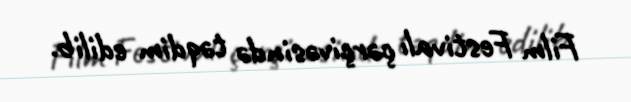
Film Festivalı çərçivəsində təqdim edilib.